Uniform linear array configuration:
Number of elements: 48
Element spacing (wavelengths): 0.25
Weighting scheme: hamming
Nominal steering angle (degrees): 30
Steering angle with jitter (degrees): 29.444
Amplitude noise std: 0.05
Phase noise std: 0.05

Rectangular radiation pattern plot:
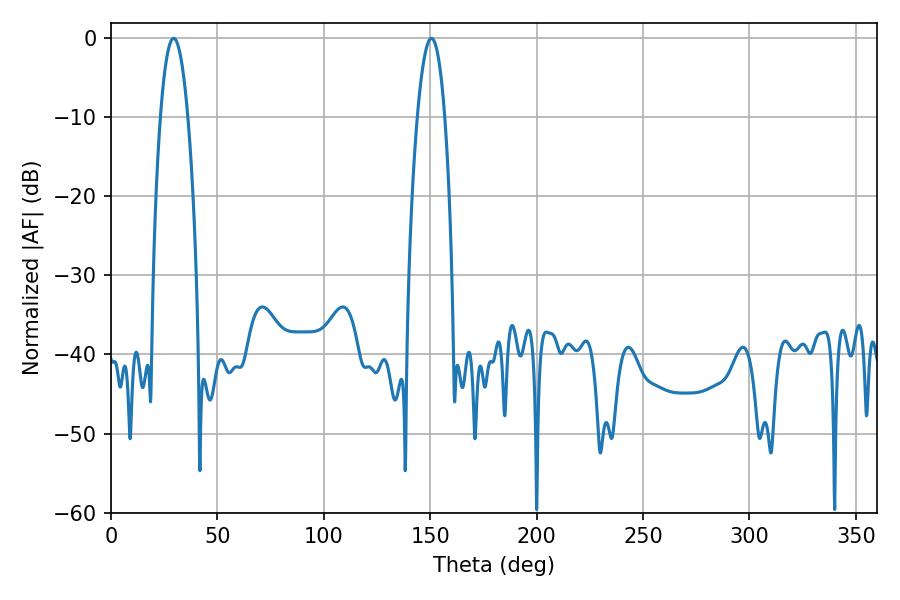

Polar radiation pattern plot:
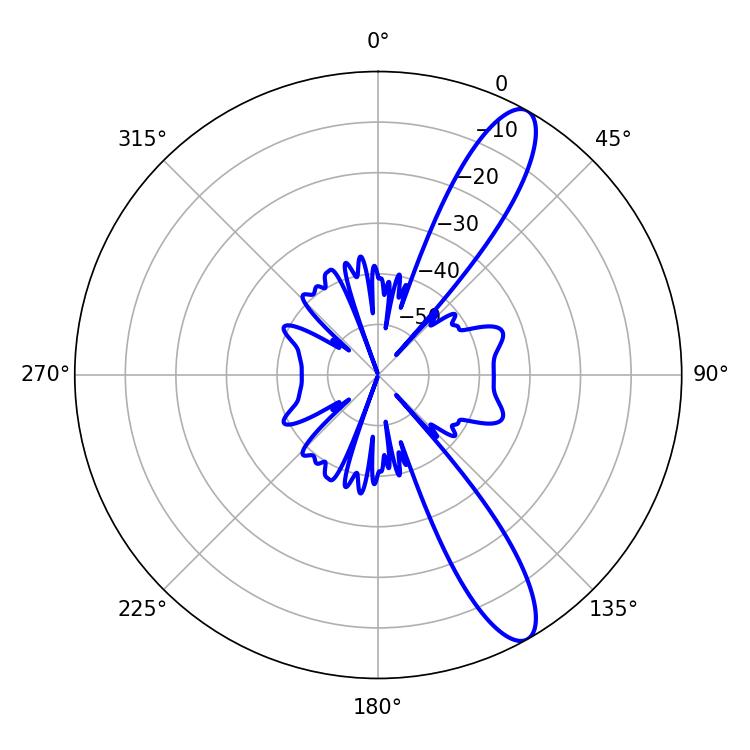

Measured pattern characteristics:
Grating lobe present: FALSE
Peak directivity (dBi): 11.808
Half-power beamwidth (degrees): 7.2
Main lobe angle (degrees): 29.52